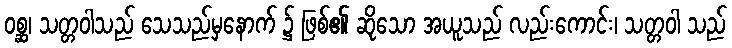
ဝစ္ဆ၊ သတ္တဝါသည် သေသည်မှနောက် ၌ ဖြစ်၏ ဆိုသော အယူသည် လည်းကောင်း၊ သတ္တဝါ သည်